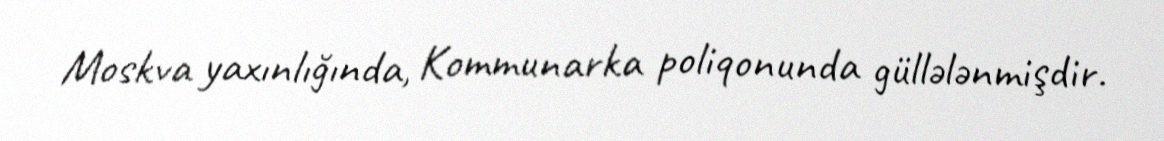
Moskva yaxınlığında, Kommunarka poliqonunda güllələnmişdir.